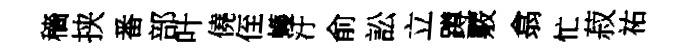
穡挟番部叶僥侄蠖汙俞訟立蹲覈翕忙菽祐